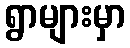
ရွာများမှာ